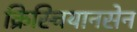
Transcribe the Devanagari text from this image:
क्रिस्चियानसेन